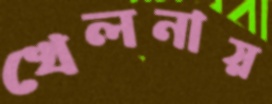
খেলনায়